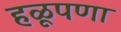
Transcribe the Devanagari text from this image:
हळूपणा